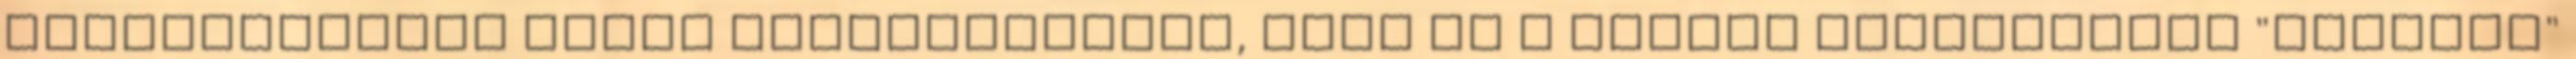
Kutatóközpont PKSZK Tájékoztatjuk, hogy ez a honlap úgynevezett "sütiket"